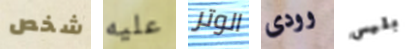
شخص عليه الوتر وودى بليس